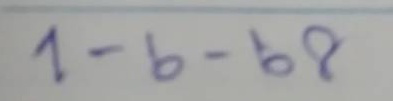
1-6-68